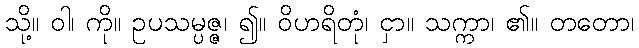
သို့။ ဝါ၊ ကို။ ဥပသမ္ပဇ္ဇ၊ ၍။ ဝိဟရိတုံ၊ ငှာ။ သက္ကာ၊ ၏။ တတော၊